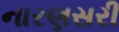
નારણસરી